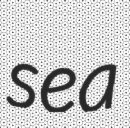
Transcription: sea